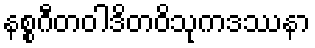
နစ္စဂီတဝါဒိတဝိသုကဒဿနာ